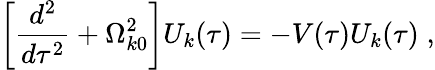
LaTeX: \left[\frac{d^{2}}{d\tau^{2}}+\Omega_{k0}^{2}\right]U_{k}(\tau)=-V(\tau)U_{k}(\tau)\; ,